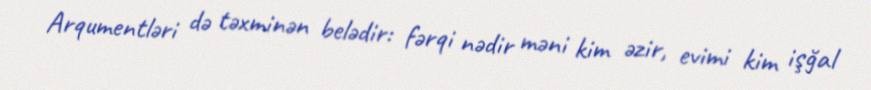
Arqumentləri də təxminən belədir: fərqi nədir məni kim əzir, evimi kim işğal